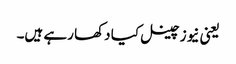
یعنی نیوز چینل کیا دکھا رہے ہیں۔